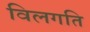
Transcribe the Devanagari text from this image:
विलगति